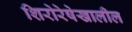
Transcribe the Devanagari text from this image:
शिरोरेषेखालील